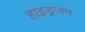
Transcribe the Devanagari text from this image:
हाइड्रजन